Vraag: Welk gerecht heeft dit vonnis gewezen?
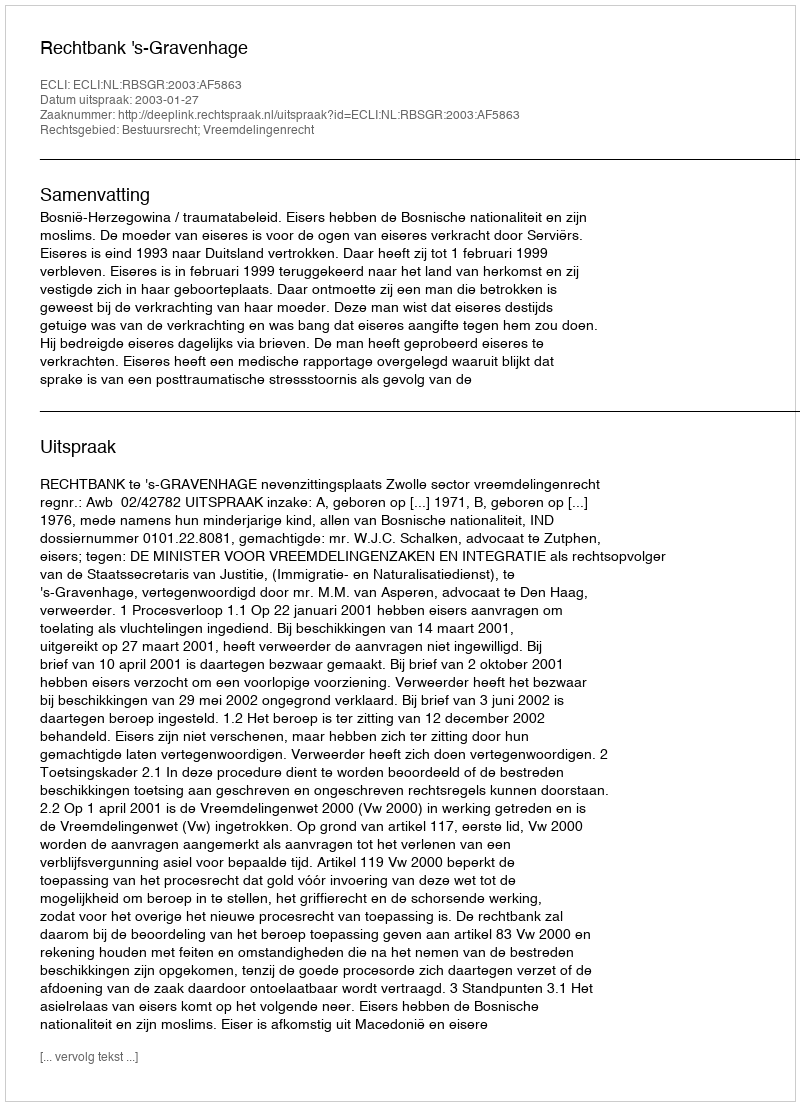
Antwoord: Rechtbank 's-Gravenhage